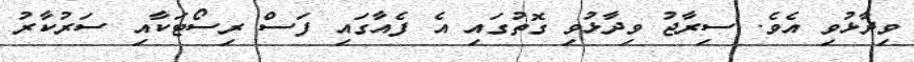
ވިދާޅުވި އެވެ. ސިރާޖު ވިދާޅުވި ގޮތުގައި އެ ފެއާގައި ފަސް ރިސޯޓަކާއި ސަރުކާރު